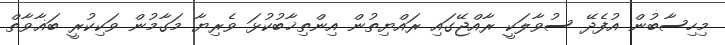
މިހިސާބުން އުފެދޭ ސުވާލަކީ ރާއްޖޭގައި ރައްޔިތުން އިންތިޚާބުކުޅަ ވެރިޔާ މަގާމުން ވަކިކުރީ ބަޣާވާތް